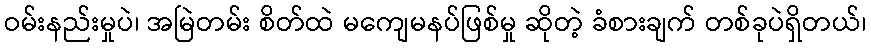
ဝမ်းနည်းမှုပဲ၊ အမြဲတမ်း စိတ်ထဲ မကျေမနပ်ဖြစ်မှု ဆိုတဲ့ ခံစားချက် တစ်ခုပဲရှိတယ်၊